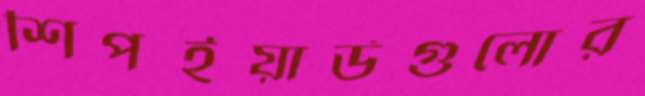
শিপইয়ার্ডগুলোর